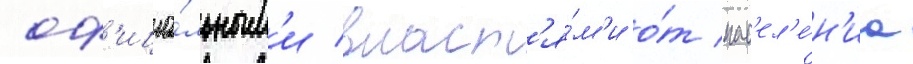
оф'ициа́льным'и власт'я́м'и о́т нас'ел'е́н'иа